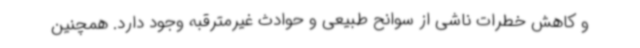
و کاهش خطرات ناشی از سوانح طبیعی و حوادث غیرمترقبه وجود دارد. همچنین